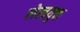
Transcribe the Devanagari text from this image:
लेखयुक्त